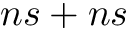
n s + n s